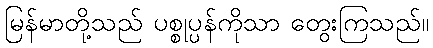
မြန်မာတို့သည် ပစ္စုပ္ပန်ကိုသာ တွေးကြသည်။